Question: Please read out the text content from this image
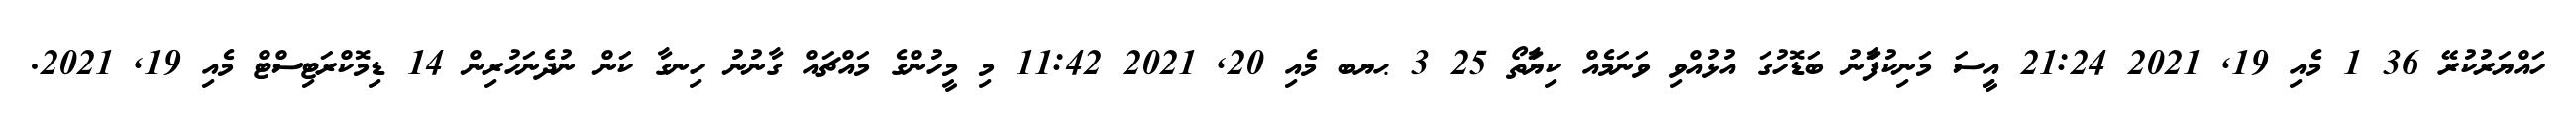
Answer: ހައްޔަރުކުރޭ 36 1 މެއި 19, 2021 21:24 އިީސަ މަނިކުފަާނު ބަޑޮހުގަ އުޅުއްވި ވަނަމެއް ކިޔަާތޯ 25 3 ޙޔބ މެއި 20, 2021 11:42 މި މީހުންގެ މައްޗައް ގާނުނު ހިނގާ ކަން ނުދެނަހުރިން 14 ޑިމޮކްރަޓިސްޓް މެއި 19, 2021.